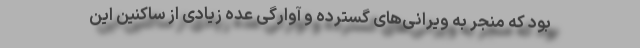
بود که منجر به ویرانی‌های گسترده و آوارگی عده زیادی از ساکنین این